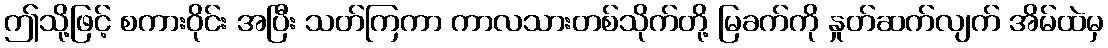
ဤသို့ဖြင့် စကားဝိုင်း အပြီး သတ်ကြကာ ကာလသားတစ်သိုက်တို့ မြခက်ကို နှုတ်ဆက်လျက် အိမ်ထဲမှ